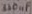
Text: 330nF